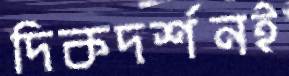
দিকদর্শনই